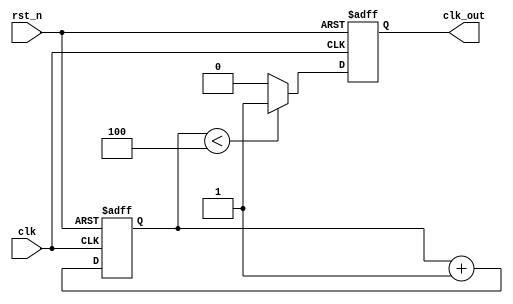
module clk_div_8_counter (
input clk,
input rst_n, 
output reg clk_out); 

reg [2:0] counter = 2'b00; // 3 bit counter, counts 8 counts
//4 counts high, 4 counts low 
// 8 cycles of ref_clk make 1 cycle of clk_out 

always@(posedge clk or negedge rst_n) begin 
if (!rst_n) counter <=0; 
else counter <= counter +1; 
end 

// output clk with 50% duty cycle 
always@(posedge clk or negedge rst_n) begin 
if (!rst_n) clk_out <=0; 
else if (counter < 4)   // clk_out is high at counter = 0,1,2,3  
clk_out <= 1'b1; 
else clk_out <= 1'b0;    // clk_out is low at counter = 4,5,6,7 
end 

endmodule